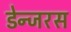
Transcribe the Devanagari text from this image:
डेन्जरस